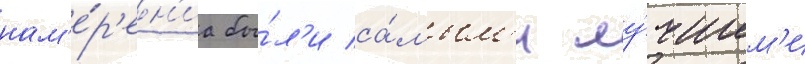
нам'е́р'ен'иа бы́л'и са́мым'и лу́чшим'и